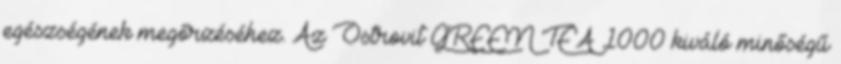
egészségének megőrzéséhez. Az Ostrovit GREEN TEA 1000 kiváló minőségű